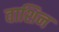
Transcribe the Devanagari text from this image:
वाशिन